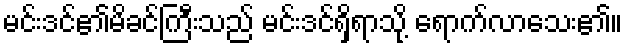
မင်းဒင်၏မိခင်ကြီးသည် မင်းဒင်ရှိရာသို့ ရောက်လာသေး၏။